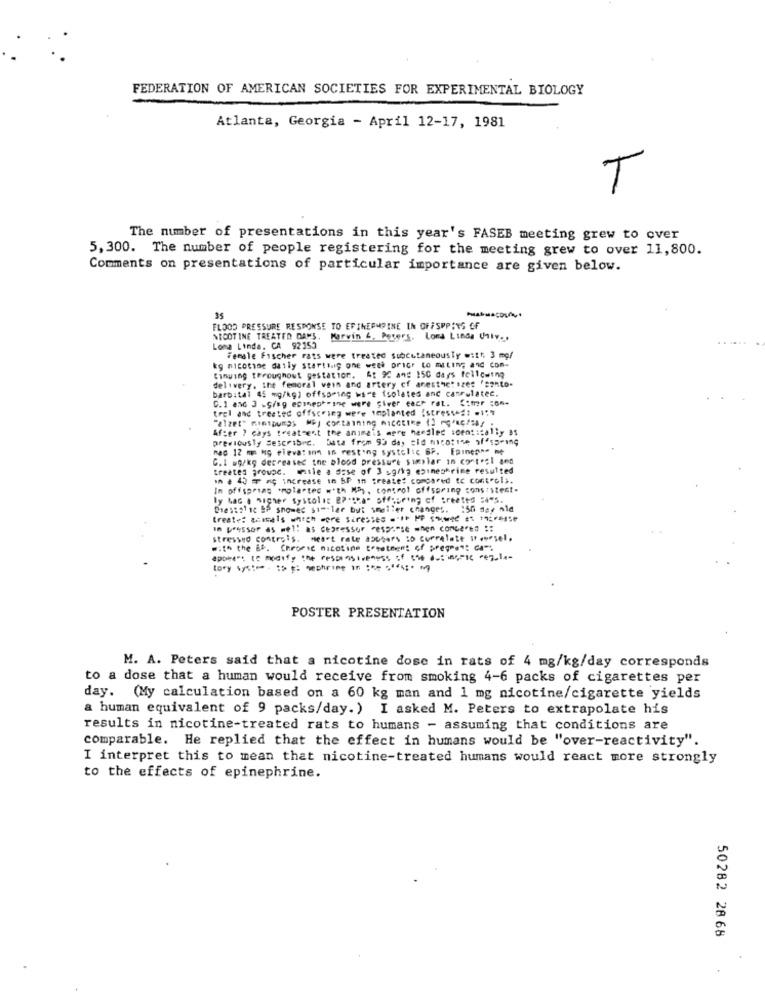
FEDERATION OF AMERICAN SOCIETIES FOR EXPERIMENTAL BIOLOGY
Atlanta, Georgia - April 12-17, 1981
T
The number of presentations in this year's FASEB meeting grew to over
5,300. The number of people registering for the meeting grew to over 11,800.
Comments on presentations of particular importance are given below.
35
FLOOD PRESSURE RESPONSE TO EPINEPHRINE IN OFFSPPING CF
NICOTINE TREATED DANS. Marvin &. Peters. Lona Linda Uhiv. .
Loma Linda, CA 92155
Female Fischer rats were treated subcutaneousty witt, 3 mg/
kg nicotine daily starting one week prior to miting and com.
Cinging throughout gestation. 6: 92 ang 150 days following
delivery. the femoral vein and artery of anesthet .zes 'sonto-
barbital 45 mg/kg) offspring wste isolates and canrelatec.
C.1 and 3 -Sing epinephrine were giver each rat. Simer com-
trel and treated offspring were implanted Istressed: #1:"
"alzet" mintpumps Mpy containing micotime () rgracias :
After ? cays treatment the animais more heedled soentically as
previously Sescribre. Data from 93 day sid nicotine off15-19
nad 12 m: kg pievat inn in resting systolic 6F. Epineane me
C.I .g/kg decreased the blood pressure similar in control and
treated grovoc. maile a dose of 3 sg/kg epinephrine resulted
an . 45 m n increase in BP in treated compared to controls.
In offspring .molartes ""th MP ,, control offspring consistent.
By Lac , sicher Systolic 2Pctha" offspring of treated 54"s.
Diastolic &P shower similar but weiler changes. 150 dar nid
treate: acıtals which were 3ires;e ."1 MP 5 w 21 192015⑈
In pressor as well as depressor response mnen concarea ::
stressed controls. Heart rate abusers so correlate It oursel.
with the &f. Chronic nicotine treatment of preges": Ca""
tory system. to : nechring in :se stesso w
POSTER PRESENTATION
M. A. Peters said that a nicotine dose in rats of 4 mg/kg/day corresponds
to a dose that a human would receive from smoking 4-6 packs of cigarettes per
day. (My calculation based on a 60 kg man and 1 mg nicotine/cigarette yields
a human equivalent of 9 packs/day.) I asked M. Peters to extrapolate his
results in nicotine-treated rats to humans - assuming that conditions are
comparable. He replied that the effect in humans would be "over-reactivity".
I interpret this to mean that nicotine-treated humans would react more strongly
to the effects of epinephrine.
50282 28 65